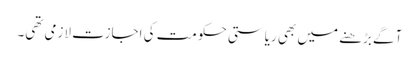
آگے بڑھنے میں بھی ریاستی حکومت کی اجازت لازمی تھی۔